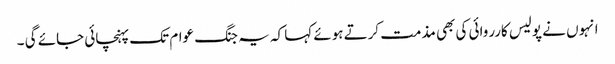
انہوں نے پولیس کارروائی کی بھی مذمت کرتے ہوئے کہا کہ یہ جنگ عوام تک پہنچائی جائے گی ۔